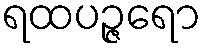
ရထပဉ္ဇရော